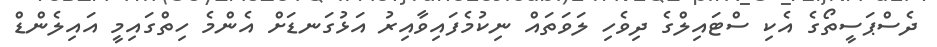
ދެސްޕަސީތޯގެ އެކި ސްޓައިލްގެ ދިވެހި ލަވަތައް ނިކުމެފައިވާއިރު އަޅުގަނޑަށް އެންމެ ހިތްގައިމީ އައިލެންޑް